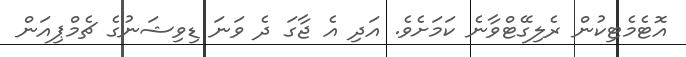
އޮޓެމެޓިކުން ރެލިގޭޓްވާނެ ކަމަށެވެ. އަދި އެ ޖާގަ ދެ ވަނަ ޑިވިޝަނުގެ ޗެމްޕިއަން